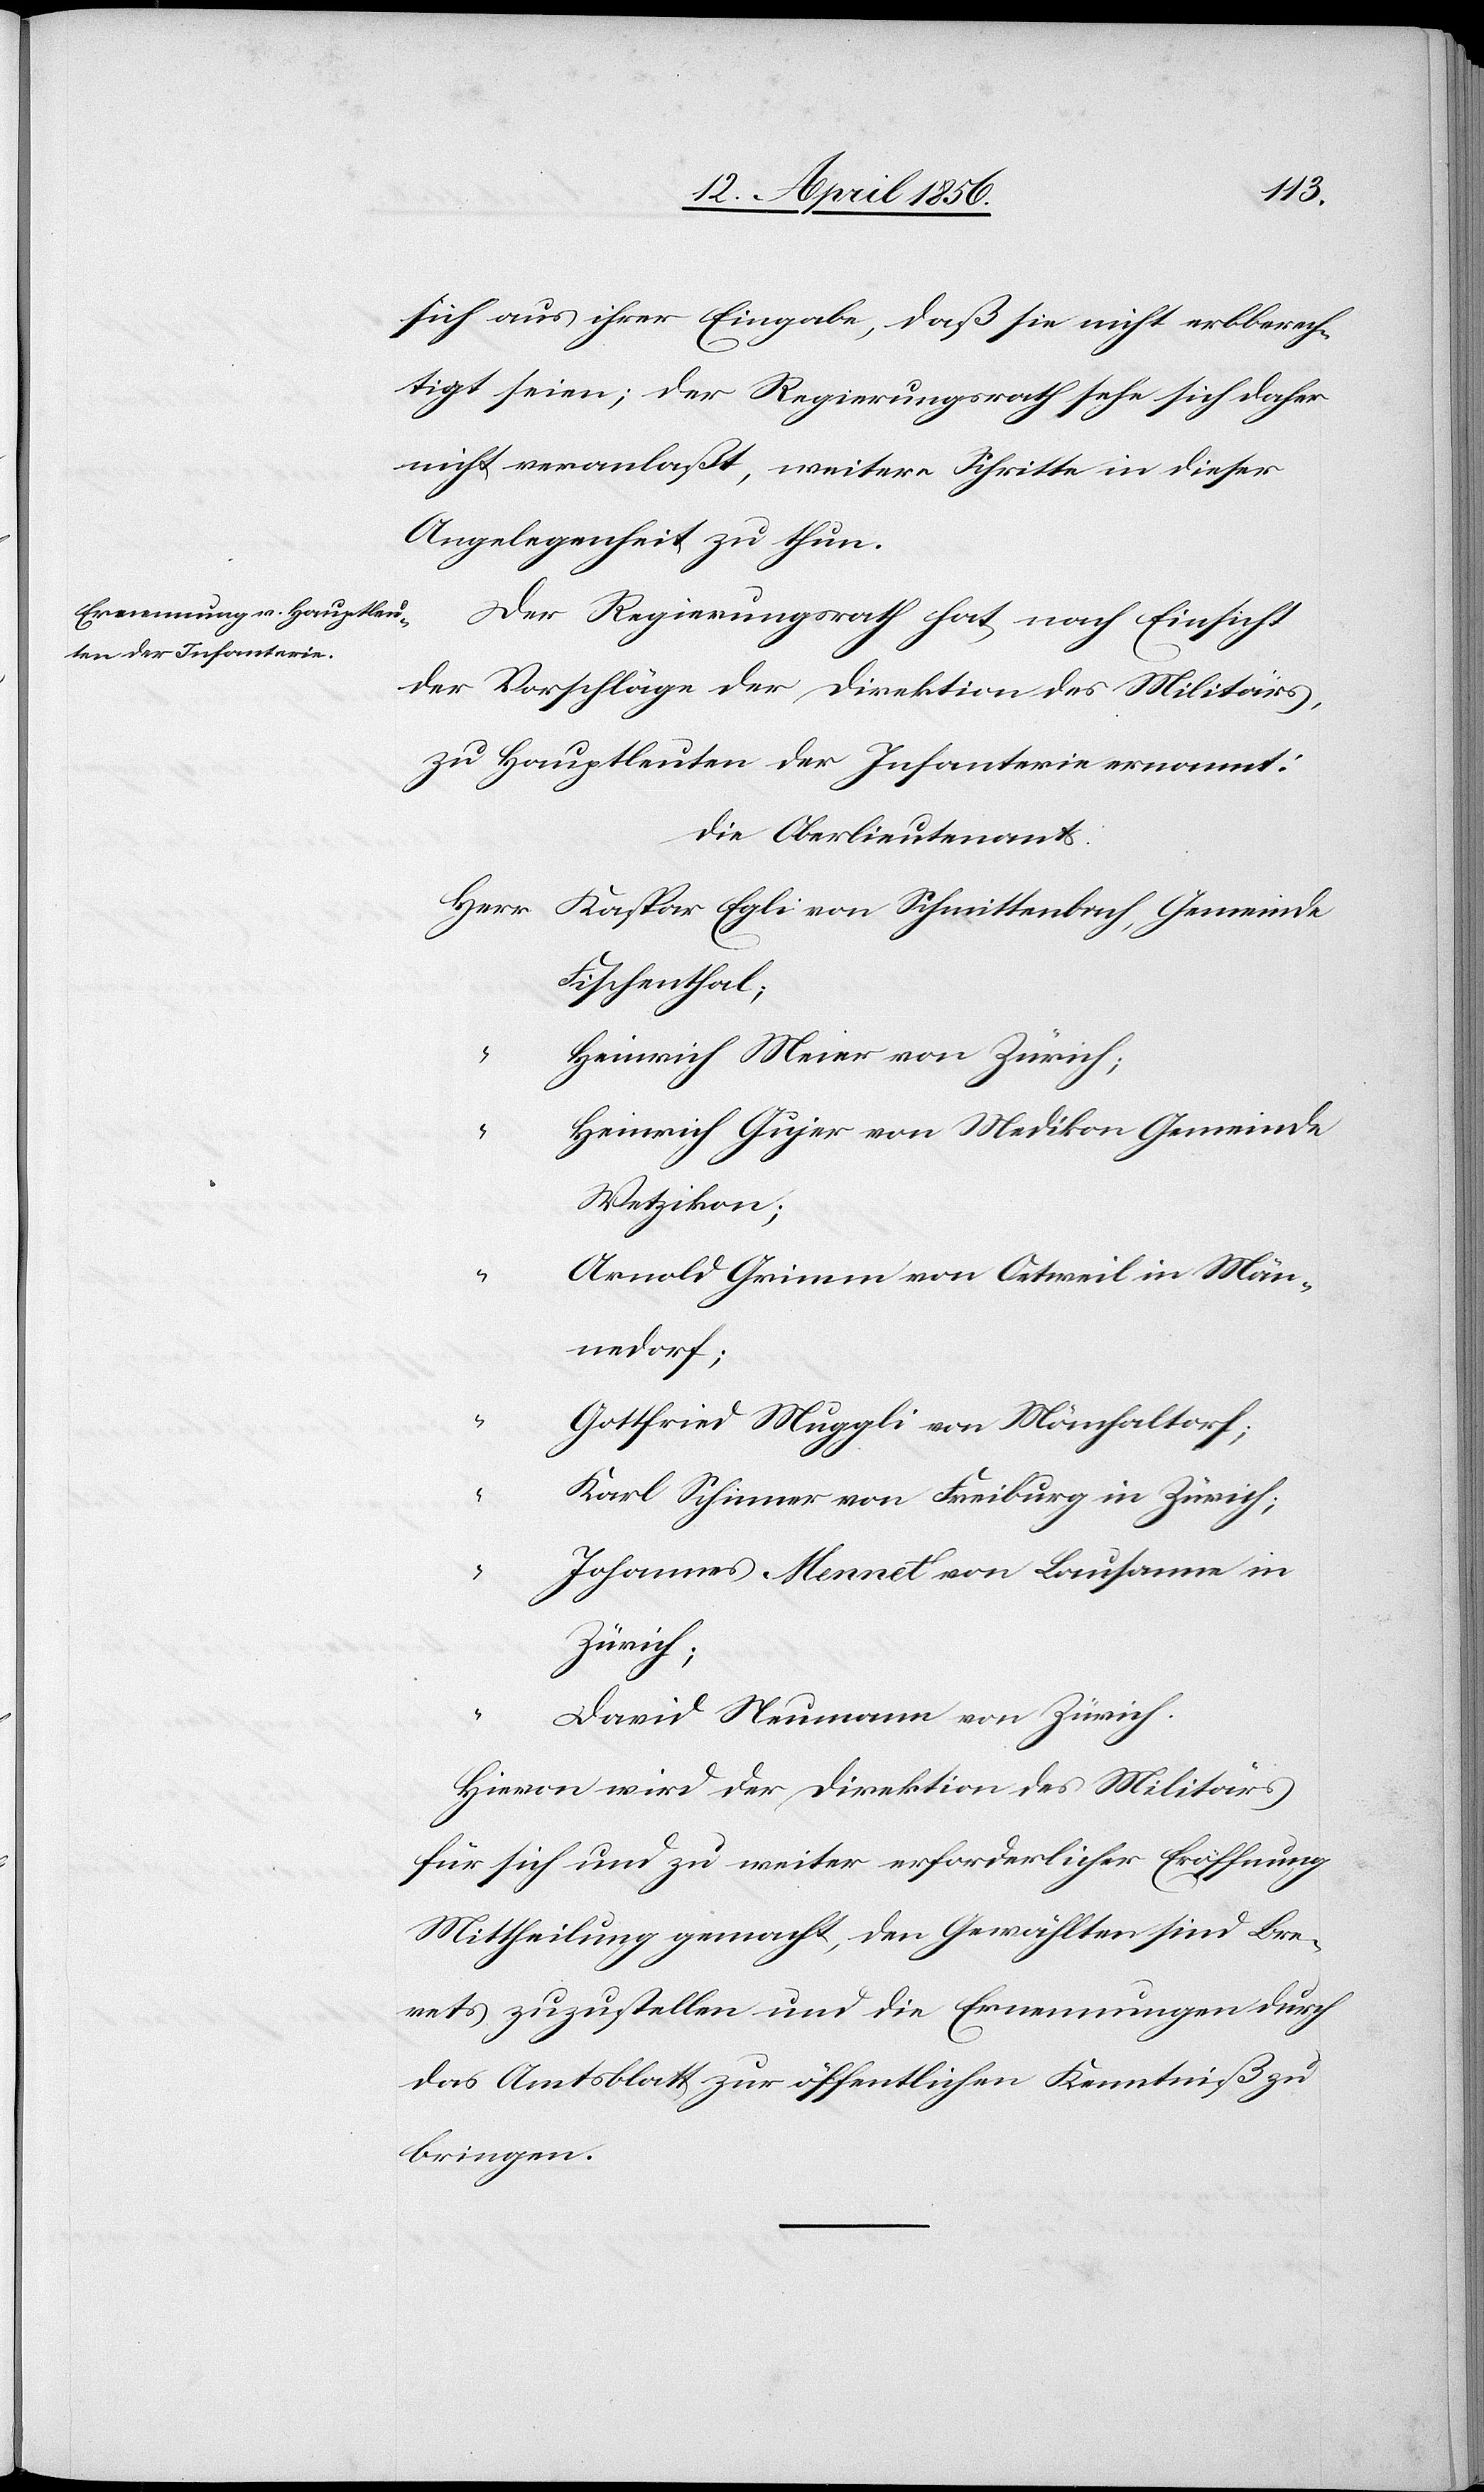
sich aus ihrer Eingabe, daß sie nicht erbberech¬
tigt seien; der Regierungsrath sehe sich daher
nicht veranlaßt, weitere Schritte in dieser
Angelegenheit zu thun.
Der Regierungsrath hat nach Einsicht
der Vorschläge der Direktion des Militärs,
zu Hauptleuten der Infanterie ernannt:
Die Oberlieutenants:
Herr	Kaspar Egli von Schmittenbach, Gemeinde
Fischenthal;
“		Heinrich Meier von Zürich;
“		Heinrich Gujer von Medikon Gemeinde
Wetzikon;
“		Arnold Grimm von Oetweil in Män¬
nedorf;
“		Gottfried Muggli von Mönchaltorf;
“		Karl Schinner von Freiburg in Zürich;
“		Johannes Mennet von Lausanne in
Zürich;
“		David Neumann von Zürich.
Hievon wird der Direktion des Militärs
für sich und zu weiter erforderlicher Eröffnung
Mittheilung gemacht, den Gewählten sind Bre¬
vets zuzustellen und die Ernennungen durch
das Amtsblatt zur öffentlichen Kenntniß zu
bringen.